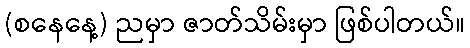
(စနေနေ့) ညမှာ ဇာတ်သိမ်းမှာ ဖြစ်ပါတယ်။